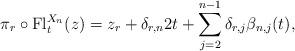
LaTeX: \begin{align*}\pi_r\circ\mathrm{Fl}^{X_{n}}_{t}(z)=z_{r}+\delta_{r,n}2t+\sum_{j=2}^{n-1}\delta_{r,j}\beta_{n,j}(t),\end{align*}